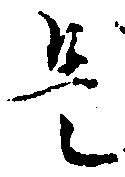
是